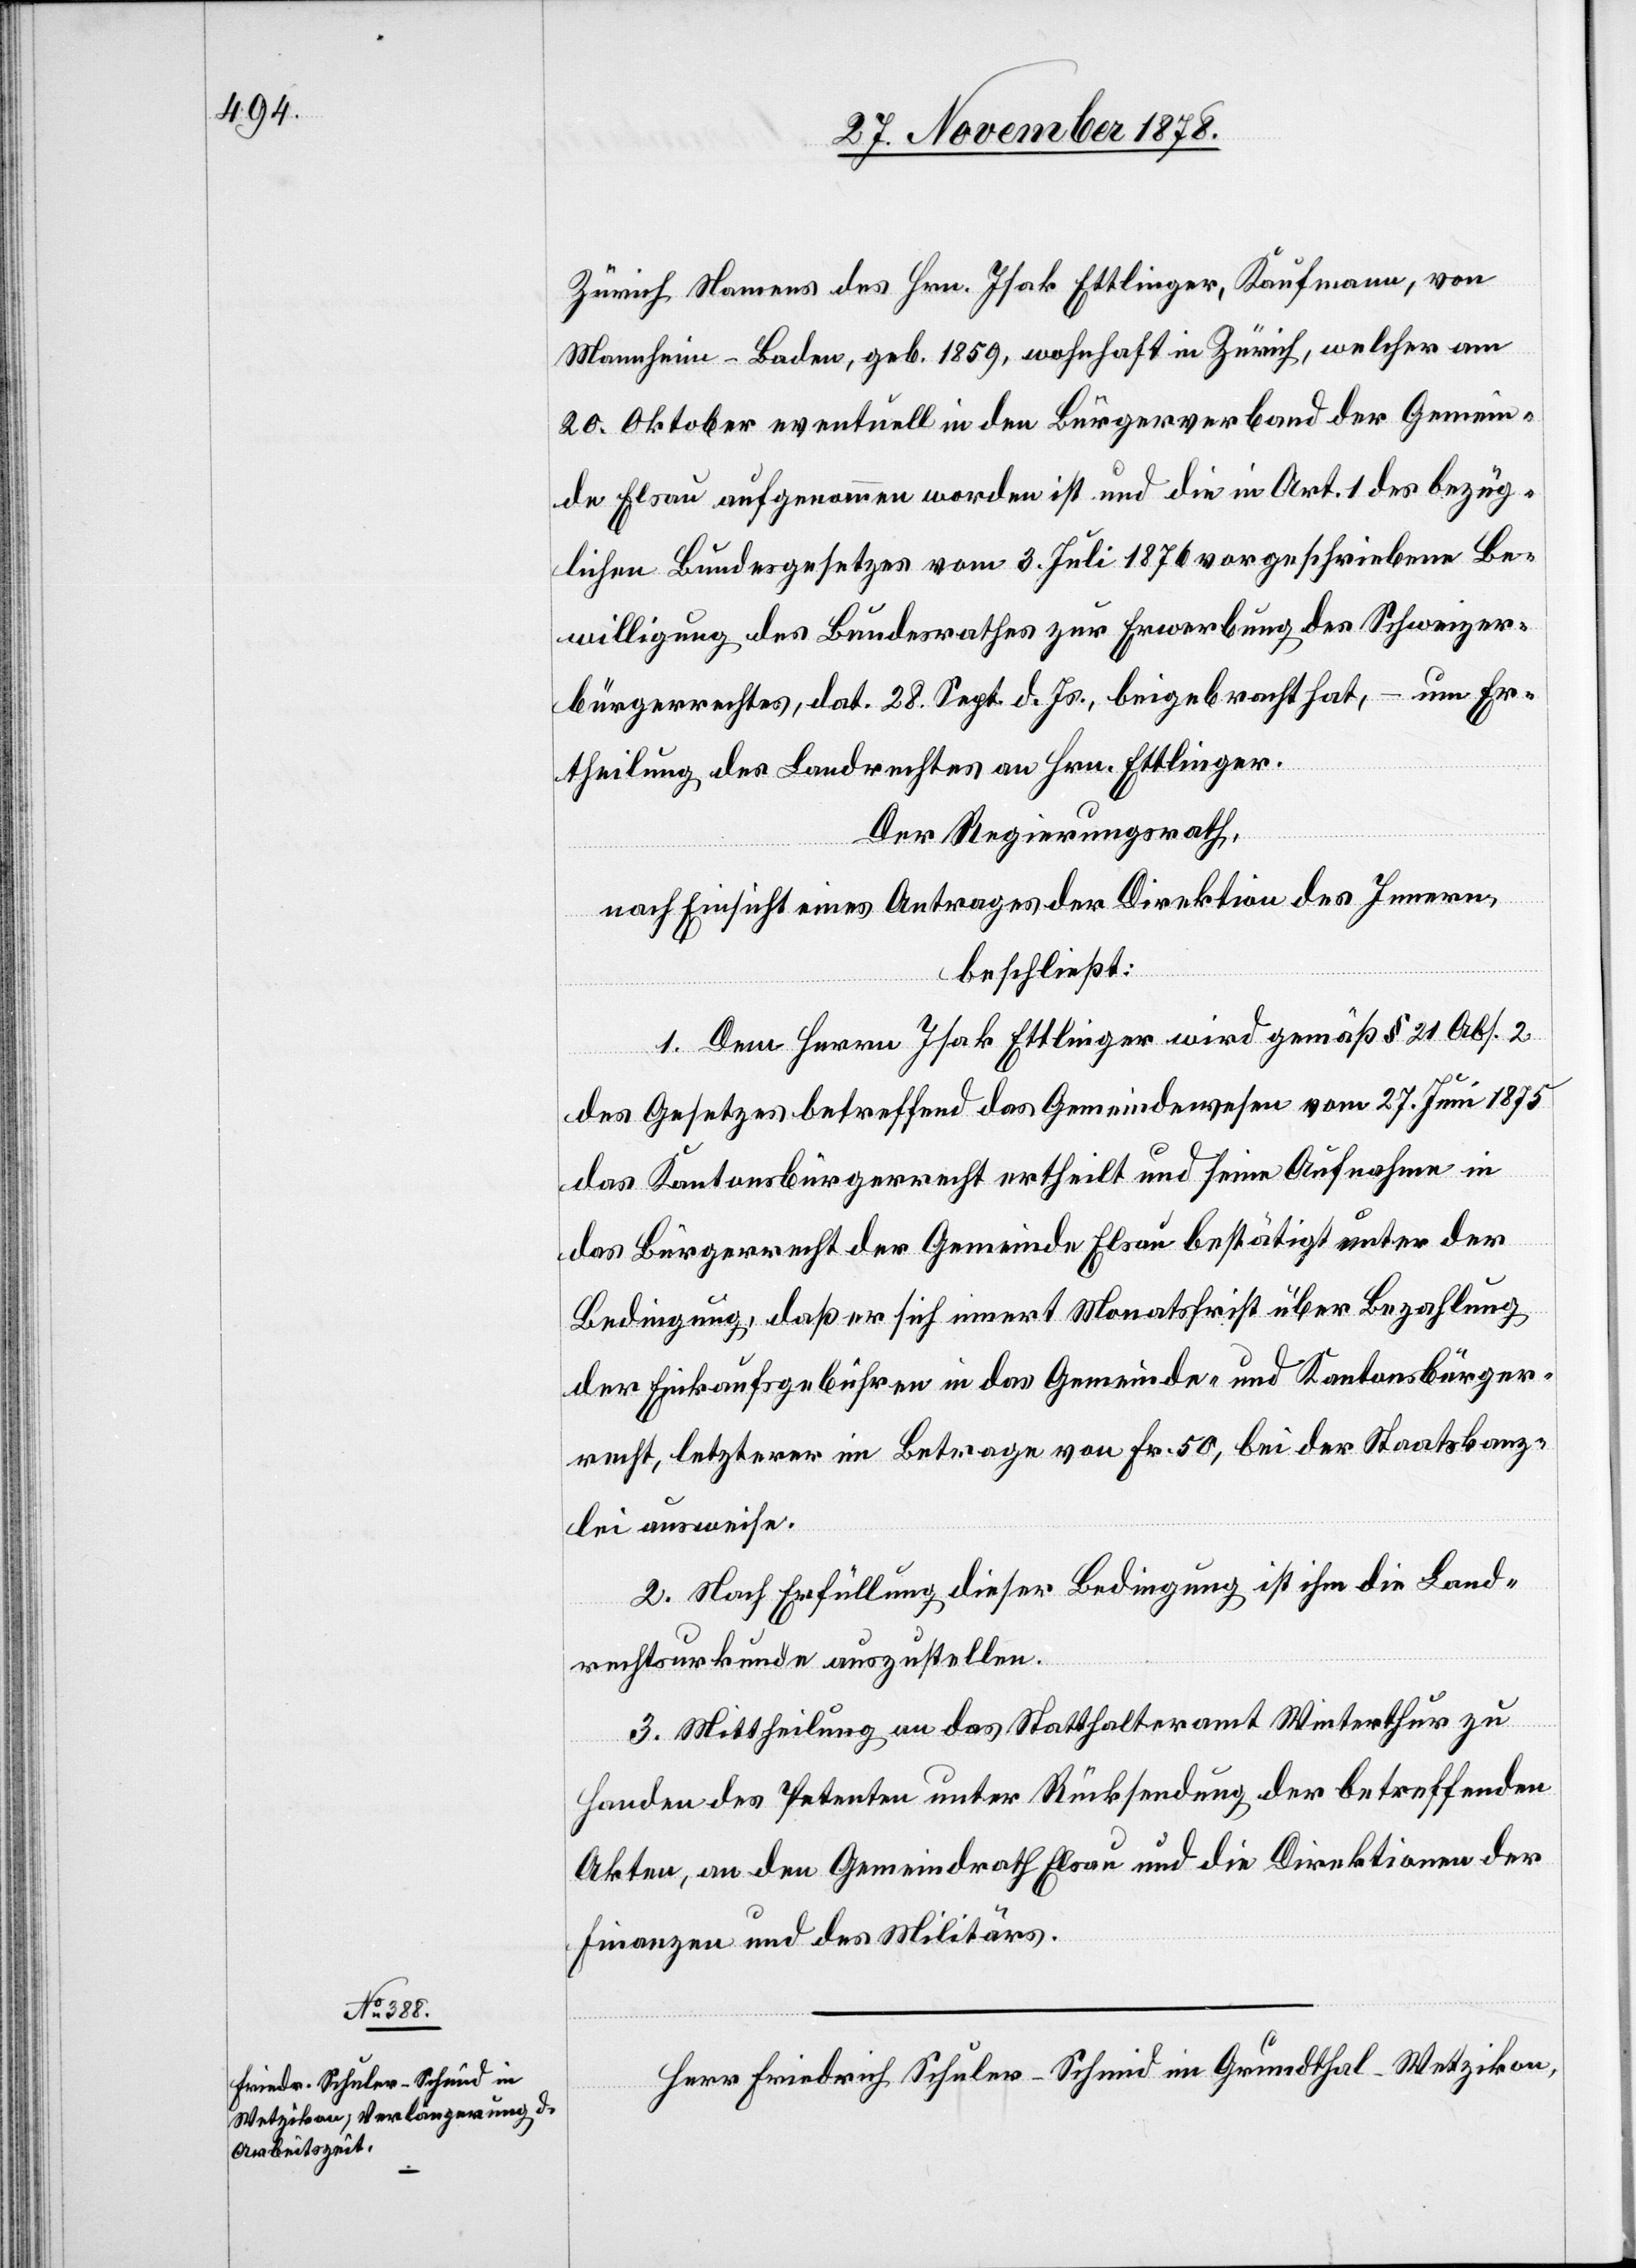
Zürich Namens des Hrn. Isak Ettlinger, Kaufmann, von
Mannheim - Baden, geb. 1859, wohnhaft in Zürich, welcher am
20. Oktober eventuell in den Bürgerverband der Gemein¬
de Elsau aufgenommen worden ist und die in Art. 1 des bezüg¬
lichen Bundesgesetzes vom 3. Juli 1876 vorgeschriebene Be¬
willigung des Bundesrathes zur Erwerbung des Schweizer¬
bürgerrechtes, dat. 28. Sept. d. Js. beigebracht hat, – um Er¬
theilung des Landrechtes an Hrn. Ettlinger.
Der Regierungsrath,
nach Einsicht eines Antrages der Direktion des Innern,
beschließt:
1. Dem Herrn Isak Ettlinger wird gemäß § 21 Abs. 2
des Gesetzes betreffend das Gemeindewesen vom 27. Juni 1875
das Kantonsbürgerrecht ertheilt und seine Aufnahme in
das Bürgerrecht der Gemeinde Elsau bestätigt unter der
Bedingung, daß er sich innert Monatsfrist über Bezahlung
der Einkaufsgebühren in das Gemeinde- und Kantonsbürger¬
recht, letzterer im Betrage von Fr. 50, bei der Staatskanz¬
lei ausweise.
2. Nach Erfüllung dieser Bedingung ist ihm die Land¬
rechtsurkunde auszustellen.
3. Mittheilung an das Statthalteramt Winterthur zu
Handen des Petenten unter Rücksendung der betreffenden
Akten, an den Gemeindrath Elsau und die Direktionen der
Finanzen und des Militärs.
Herr Friedrich Schuler-Schmid in Grundthal - Wetzikon,